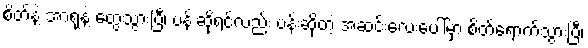
စိတ်နဲ့ အာရုံနဲ့ တွေ့သွားပြီ၊ ပန်းဆိုရင်လည်း ပန်းဆိုတဲ့ အဆင်းလေးပေါ်မှာ စိတ်ရောက်သွားပြီ၊